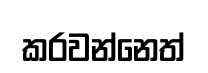
කරවන්නෙත්